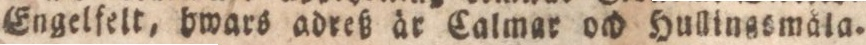
Engelfelt, hwars adreß är Carlmar och Hullingsmåla.